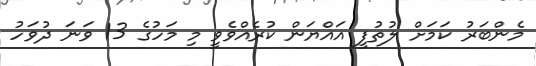
މެންބަރު ކަމަށް ލުތުފީ އައްޔަން ކުރެއްވެވީ މި މަހުގެ 13 ވަނަ ދުވަހު